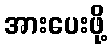
အားပေးဖို့